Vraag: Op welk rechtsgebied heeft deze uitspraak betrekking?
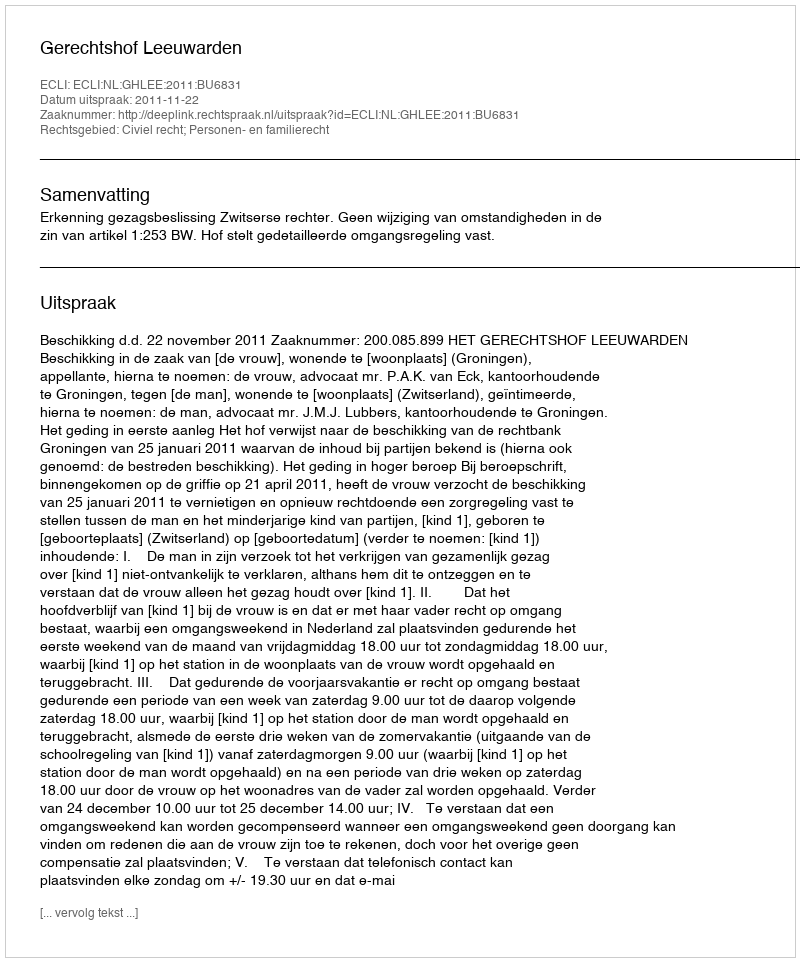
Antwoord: Civiel recht; Personen- en familierecht